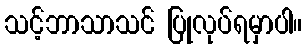
သင့်ဘာသာသင် ပြုလုပ်ရမှာပါ။